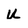
Character: U